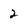
Character: 2